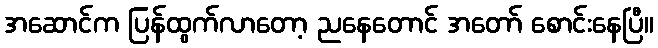
အဆောင်က ပြန်ထွက်လာတော့ ညနေတောင် အတော် စောင်းနေပြီ။